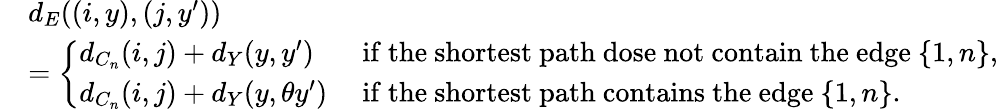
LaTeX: \begin{array}{rl}&{d_{E}((i,y),(j,y^{\prime}))}\\ &{=\left\{ \begin{array}{ll}{d_{C_{n}}(i,j)+d_{Y}(y,y^{\prime})}&{\mathrm{~if~the~shortest~path~dose~not~contain~the~edge~}\{ 1,n\} ,}\\ {d_{C_{n}}(i,j)+d_{Y}(y,\theta y^{\prime})}&{\mathrm{~if~the~shortest~path~contains~the~edge~}\{ 1,n\} .}\end{array}\right.}\end{array}